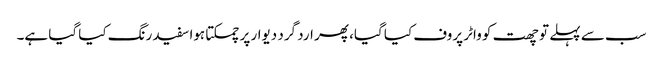
سب سے پہلے تو چھت کو واٹر پروف کیا گیا، پھر ارد گرد دیوار پر چمکتا ہوا سفید رنگ کیا گیا ہے۔